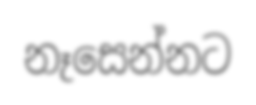
නෑසෙන්නට